King Institute of Preventive Medicine Micro-Biological Section reports 1909-11
Year: 1909
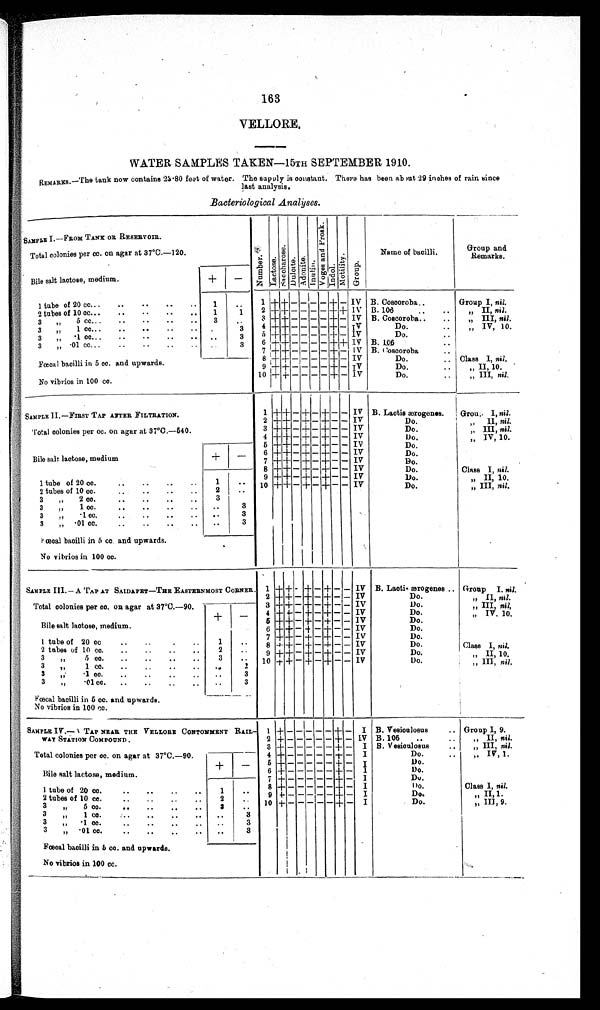
163
VELLORE.
WATER SAMPLES TAKEN—15TH SEPTEMBER 1910.
REMARKS.—The tank now contains 23.80 feet of water. The supply is constant. There has been about 29 inches of rain since
last analysis.
Bacteriological Analyses.
SAMPLE I.—FROM TANK OR RESERVOIR.
N u m b e r .
La c t o s e . S a c c h a r o s e . Du l c i t e . Ad o n i t e . I nul i n. V o g e s a n d P r o s k . I ndol . Mo t i l i t y . Group.
Name of bacilli.
Group and
Remarks.
Total colonies per cc. on agar at 37°C.—120.
Bile salt lactose, medium.
+ −
1 tube of 20 cc.
1
1 + + − − − − +− IV B. Coscoroba
Group I, nil.
2 tubes of 10 cc.
1 1 2 + + − − − − ++ IV B. 106
„ II, nil.
3 „ 5 cc.
3
3 + + − − − − + − IV B. Coscoroba
„ III, nil.
3 „1 cc.
3 4 + +− − − − + − IV
Do.
„ IV, 10.
3 „ .1 cc.
3 5 + + − − − − + − IV
Do.
3 „ .01 cc.
3 6 + + − − − − ++ IV B. 106
7 ++− − − − + − IV
B. Coscoroba
Fœcal bacilli in 5 cc. and upwards.
8 ++− − − − +− IV
Do.
Class I, nil.
9 + +− − − − + − IV
Do.
„ II 10.
No vibrios in 100 cc.
10 + + − − − − + − IV
Do.
„ III, nil.
SAMPLE II.—FIRST TAP AFTER FILTRATION.
1 + + − + − + − − IV B. Lactis ærogenes. Group I, nil.
2 + + − +− +− − IV
Do.
„ II, nil.
Total colonies per cc. on agar at 37°C.
—540.
3 + + − + − + − − IV
Do.
„ III, nil.
4 + +− + − + − − IV
Do.
„ IV 10.
5 + + − + − + − − IV
Do.
Bile salt lactose, medium
+ −
6 + + − + − +− − IV
Do.
7 ++− +− +− − IV
Do.
8 ++− + − +− − IV
Do.
Class I, nil.
9 + + − +− + − − IV
Do.
„ II, 10.
1 tube of 20 cc.
1
1 0 + + − +− +− − IV
Do.
„ III, nil.
2 tubes of 10 cc.
2
3 „ 2 cc.
3
3 „ 1 cc.
3
3 „ .1 cc.
3
3 „ .01 cc.
3
Fœcal bacilli in 5 cc. and upwards.
No vibrios in 100 cc.
SAMPLE III. —A TAP AT SAIDAPET—THE EASTERNMOST CORNER.
1 + + − + − + − − IV B. Lactis ærogenes. Group I, nil.
2 ++− +− +− − IV
Do.
„ II, nil.
Total colonies per cc. on agar at 37°C.
—90.
3 + + − + − + − − IV
Do.
„ III, nil.
+ −
4 + +− + − + − − IV
Do.
„ IV. 10.
Bile salt lactose, medium.
5 ++ − + − + − − IV
Do.
6 + + − + − + − − IV
Do.
7 ++ − + − + − − IV
Do.
1 tube of 20 cc.
1
8 + + − + − + − − IV
Do.
Class I, nil.
2 tubes of 10 cc.
2
9 + + − + − + − − IV
Do.
„ II, 10.
3 „ 5 cc.
3
10 + + − + − + − − IV
Do.
„ III, nil.
3 „ 1 cc.
2
3 „ ·1 cc.
3
3 „ ·01 cc.
3
Fœcal bacilli in 5 cc. and upwards.
No vibrios in 100 cc.
SAMPLE IV.—TAP NEAR THE VELLORE CONTONMENT RAIL
WAY STATION COMPOUND.
1 + − − − − − + − I
B. Vesiculosus
Group I, 9.
2 +− − − − − + − IV B. 106
„ II, nil.
3 +− − − − − + − I B. Vesiculosus „ III, nil.
Total colonies per cc. on agar at 37°C.—90.
4 +− − − − − +− I
Do.
„ IV, 1.
+ − 5 + − − − − − + −
I
Do.
Bile salt lactose, medium.
6 +− − − − − + −
I
Do.
7 + − − − − − +− I
Do.
1 tube of 20 cc.
1
8 +− − − − − +− I
Do.
Class I nil.
2 tubes of 10 cc. 2
9 + − − − − − +− I
Do.
„ II, 1.
3 „ 5 cc.
3
10 +− − − − − +− I
Do.
„ III, 9.
3 „ 1 cc.
3
3 „ . 1 c c .
3
3 „ .01 cc.
3
Fœcal bacilli in 5 cc. and upwards.
No vibrios in 100 cc.